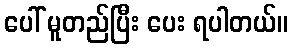
ပေါ် မူတည်ပြီး ပေး ရပါတယ်။